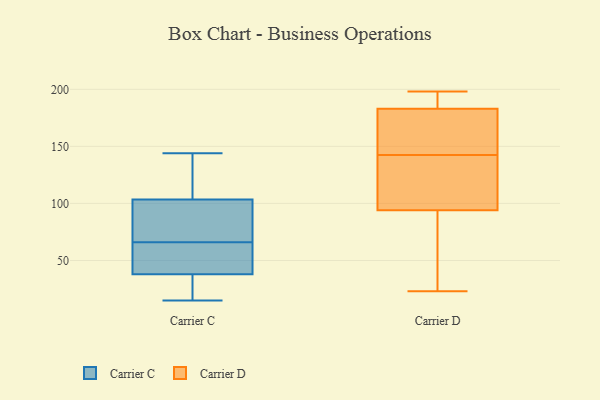
{"axis": {"x": "Population (Million)", "y": "Value"}, "legend": ["Carrier C", "Carrier D"], "data": [{"x": "", "y": 62, "type": "Carrier C"}, {"x": "", "y": 144, "type": "Carrier C"}, {"x": "", "y": 116, "type": "Carrier C"}, {"x": "", "y": 112, "type": "Carrier C"}, {"x": "", "y": 70, "type": "Carrier C"}, {"x": "", "y": 52, "type": "Carrier C"}, {"x": "", "y": 19, "type": "Carrier C"}, {"x": "", "y": 87, "type": "Carrier C"}, {"x": "", "y": 95, "type": "Carrier C"}, {"x": "", "y": 15, "type": "Carrier C"}, {"x": "", "y": 45, "type": "Carrier C"}, {"x": "", "y": 31, "type": "Carrier C"}, {"x": "", "y": 95, "type": "Carrier D"}, {"x": "", "y": 188, "type": "Carrier D"}, {"x": "", "y": 108, "type": "Carrier D"}, {"x": "", "y": 85, "type": "Carrier D"}, {"x": "", "y": 198, "type": "Carrier D"}, {"x": "", "y": 145, "type": "Carrier D"}, {"x": "", "y": 149, "type": "Carrier D"}, {"x": "", "y": 140, "type": "Carrier D"}, {"x": "", "y": 179, "type": "Carrier D"}, {"x": "", "y": 191, "type": "Carrier D"}, {"x": "", "y": 130, "type": "Carrier D"}, {"x": "", "y": 60, "type": "Carrier D"}, {"x": "", "y": 150, "type": "Carrier D"}, {"x": "", "y": 190, "type": "Carrier D"}, {"x": "", "y": 162, "type": "Carrier D"}, {"x": "", "y": 93, "type": "Carrier D"}, {"x": "", "y": 23, "type": "Carrier D"}, {"x": "", "y": 187, "type": "Carrier D"}, {"x": "", "y": 140, "type": "Carrier D"}, {"x": "", "y": 68, "type": "Carrier D"}]}